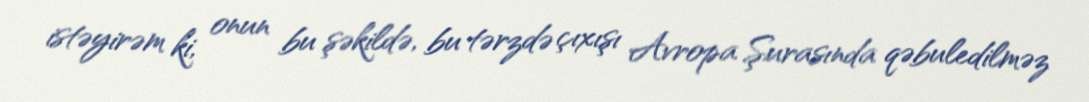
istəyirəm ki, onun bu şəkildə, bu tərzdə çıxışı Avropa Şurasında qəbuledilməz